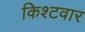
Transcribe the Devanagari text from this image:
किश्टवार